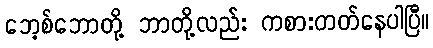
ဘေ့စ်ဘောတို့ ဘာတို့လည်း ကစားတတ်နေပါပြီ။